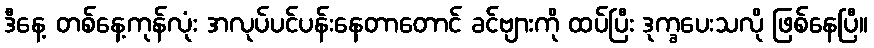
ဒီနေ့ တစ်နေ့ကုန်လုံး အလုပ်ပင်ပန်းနေတာတောင် ခင်ဗျားကို ထပ်ပြီး ဒုက္ခပေးသလို ဖြစ်နေပြီ။